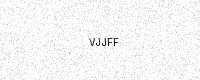
Text: VJJFF